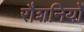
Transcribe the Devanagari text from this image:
रौशनियों